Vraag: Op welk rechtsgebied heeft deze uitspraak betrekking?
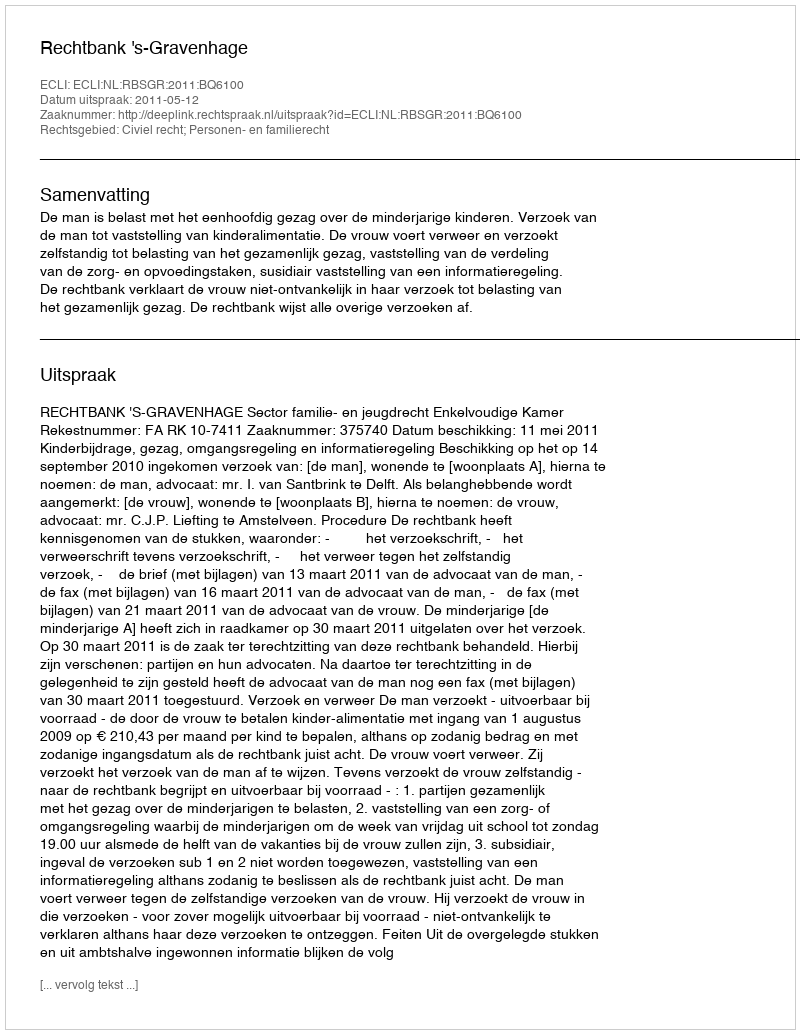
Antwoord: Civiel recht; Personen- en familierecht